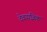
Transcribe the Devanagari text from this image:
देवयाज्ञिक